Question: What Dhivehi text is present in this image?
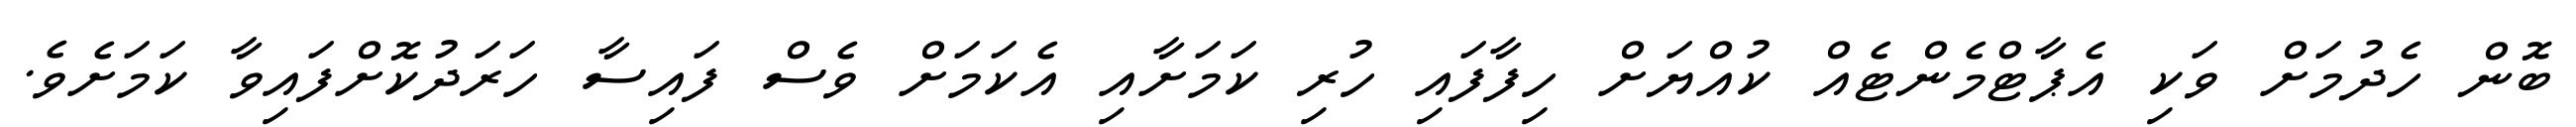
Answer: ބޮން ހެދުމަށް ވަކި އެޕާޓްމެންޓެއް ކުއްޔަށް ހިފާފައި ހުރި ކަމަށާއި އެކަމަށް ވެސް ފައިސާ ހަރަދުކޮށްފައިވާ ކަމަށެވެ.